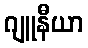
ဂျူနီယာ